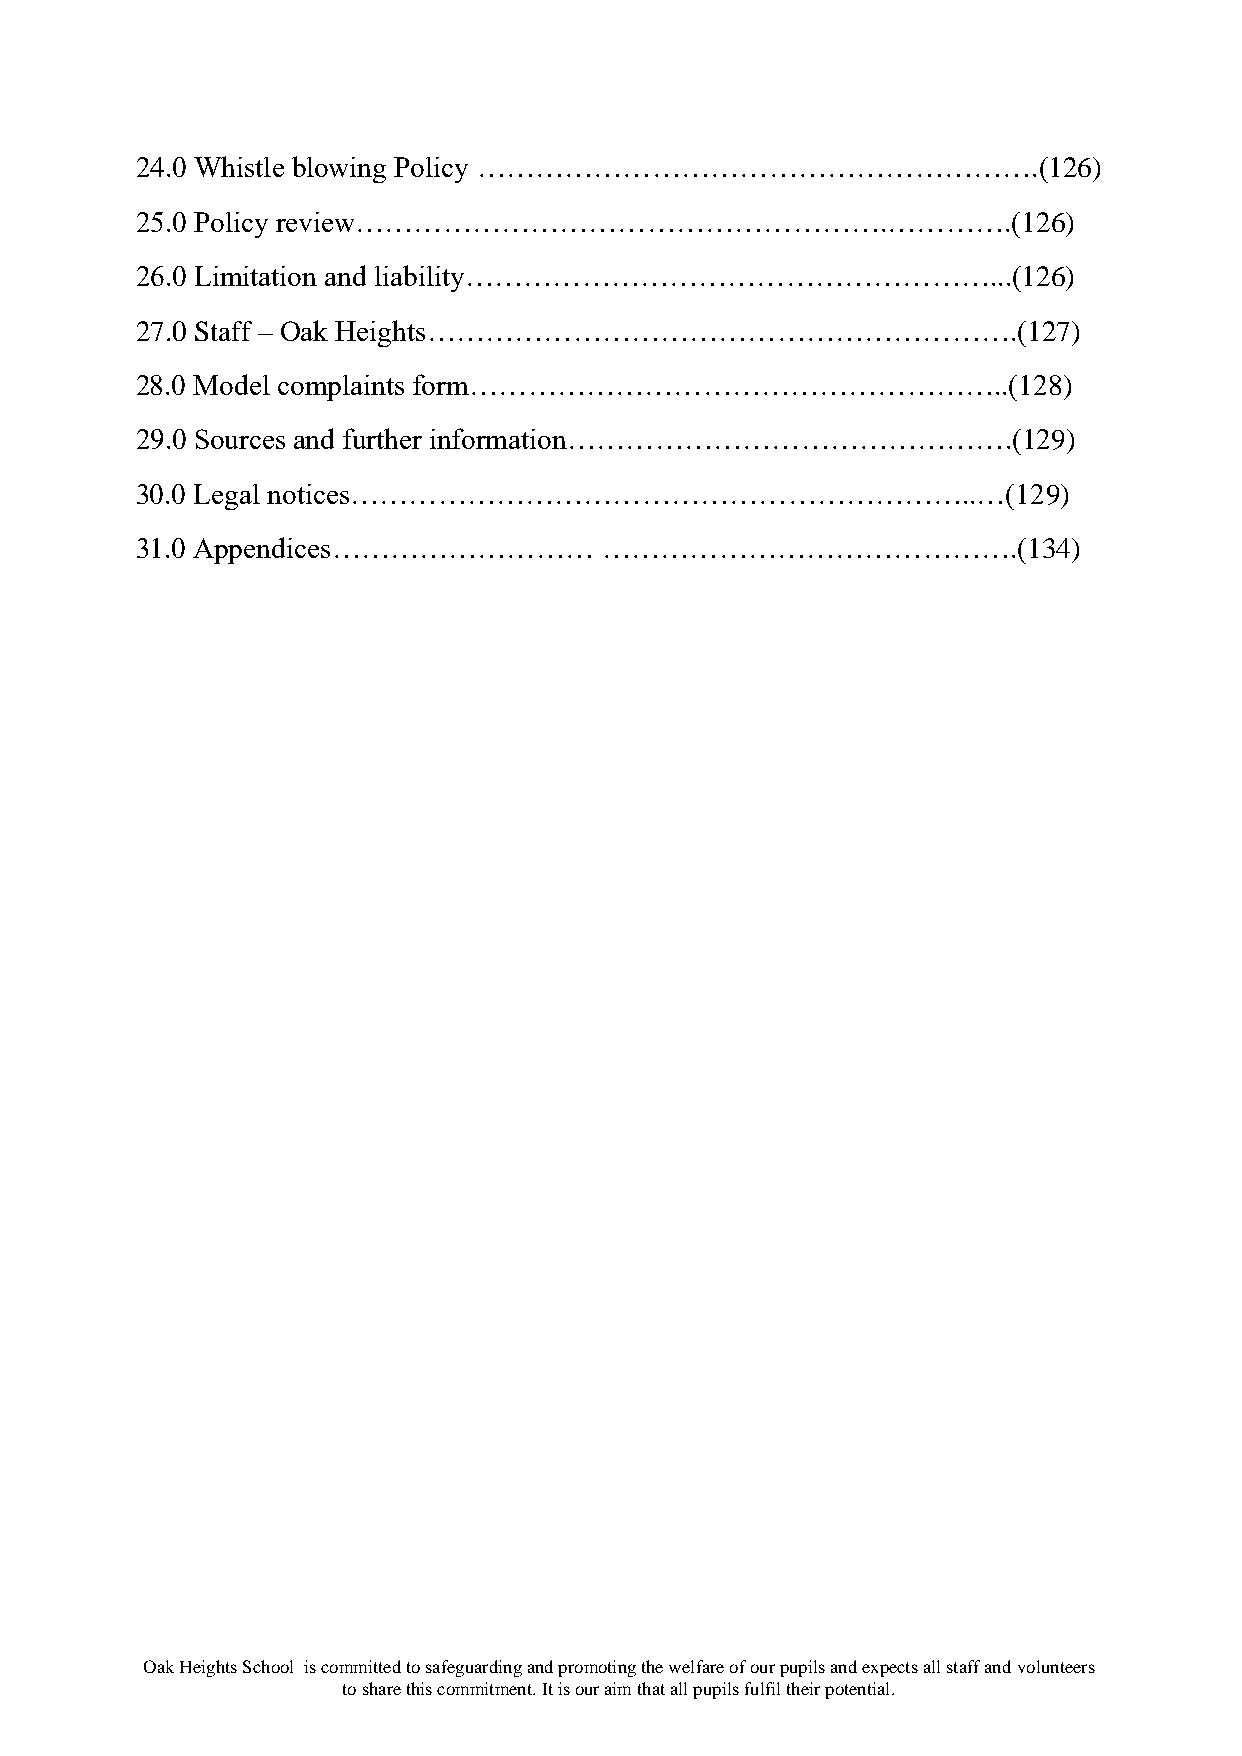
24.0 Whistle blowing Policy ………………………………………………….(126)
 25.0 Policy review……………………………………………….………….(126)
 26.0 Limitation and liability………………………………………………...(126)
 27.0 Staff – Oak Heights…………………………………………………….(127)
 28.0 Model complaints form………………………………………………..(128)
 29.0 Sources and further information……………………………………….(129)
 30.0 Legal notices………………………………………………………..…(129)
 31.0 Appendices………………………       …………………………………….(134)
 Oak Heights School is committed to safeguarding and promoting the welfare of our pupils and expects all staff and volunteers
 to share this commitment. It is our aim that all pupils fulfil their potential.